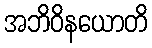
အဘိဝိနယောတိ